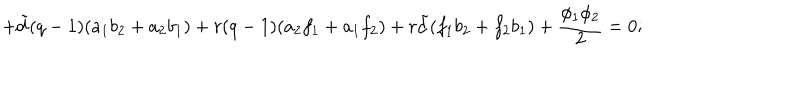
+ { \tilde { d } } ( q - 1 ) ( a _ { 1 } b _ { 2 } + a _ { 2 } b _ { 1 } ) + r ( q - 1 ) ( a _ { 2 } f _ { 1 } + a _ { 1 } f _ { 2 } ) + r { \tilde { d } } ( f _ { 1 } b _ { 2 } + f _ { 2 } b _ { 1 } ) + \frac { \phi _ { 1 } \phi _ { 2 } } { 2 } = 0 ;